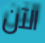
الآن